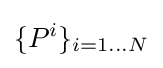
\{P^{i}\}_{i=1\ldots N}